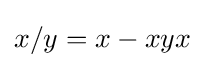
x/y=x-xyx